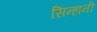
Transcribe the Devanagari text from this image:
सिन्हांनी